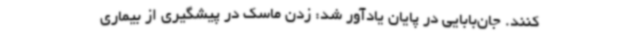
کنند. جان‌بابایی در پایان یادآور شد: زدن ماسک در پیشگیری از بیماری